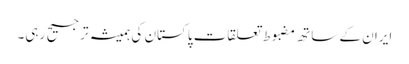
ایران کے ساتھ مضبوط تعلقات پاکستان کی ہمیشہ ترجیح رہی۔